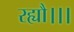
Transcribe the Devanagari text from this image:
रह्यौ।।।